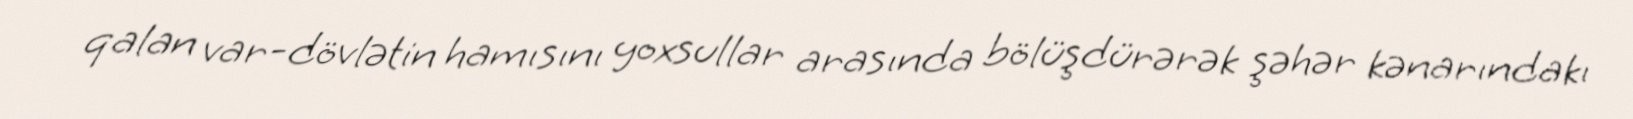
qalan var-dövlətin hamısını yoxsullar arasında bölüşdürərək şəhər kənarındakı